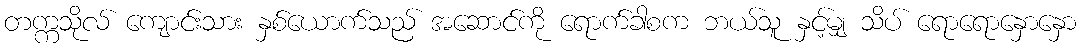
တက္ကသိုလ် ကျောင်းသား နှစ်ယောက်သည် အဆောင်ကို ရောက်ခါစက ဘယ်သူ နှင့်မျှ သိပ် ရောရောနှောနှော